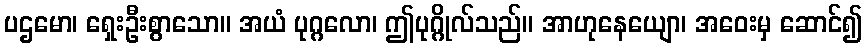
ပဌမော၊ ရှေးဦးစွာသော။ အယံ ပုဂ္ဂလော၊ ဤပုဂ္ဂိုလ်သည်။ အာဟုနေယျော၊ အဝေးမှ ဆောင်၍